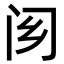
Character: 𨷿